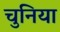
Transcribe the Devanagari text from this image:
चुनिया